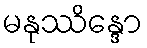
မနုဿိန္ဒော